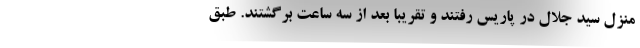
منزل سید جلال در پاریس رفتند و تقریبا بعد از سه ساعت برگشتند. طبق